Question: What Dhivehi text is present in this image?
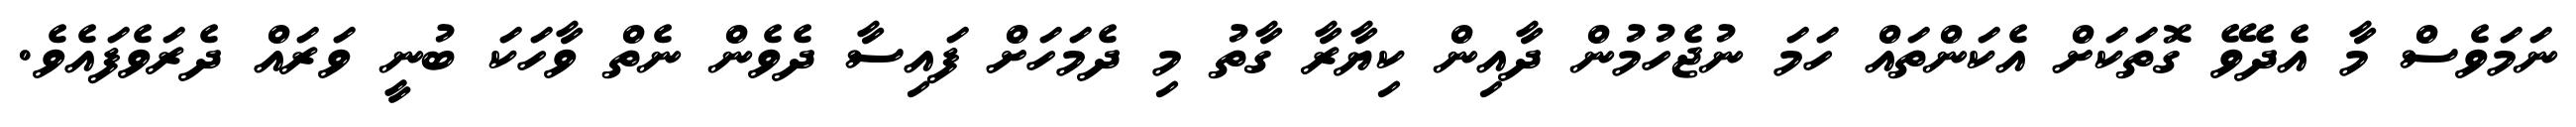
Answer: ނަމަވެސް މާ އެދެވޭ ގޮތަކަށް އެކަންތައް ހަމަ ނުޖެހުމުން ދާއިން ކިޔާރާ ގާތު މި ދެމަހަށް ފައިސާ ދެވެން ނެތް ވާހަކަ ބުނީ ވަރައް ދެރަވެފައެވެ.